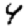
Digit: 4